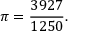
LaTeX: \pi = { \frac { 3 9 2 7 } { 1 2 5 0 } } .